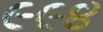
૯૯૪